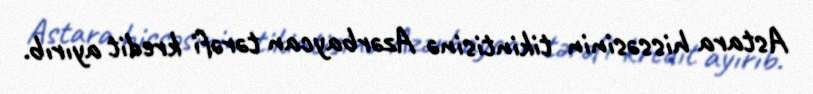
Astara hissəsinin tikintisinə Azərbaycan tərəfi kredit ayırıb.